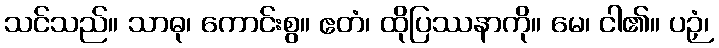
သင်သည်။ သာဓု၊ ကောင်းစွ။ ဧတံ၊ ထိုပြဿနာကို။ မေ၊ ငါ၏။ ပဉှံ၊